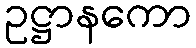
ဥဋ္ဌာနကော